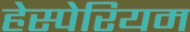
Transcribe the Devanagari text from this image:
हेस्पेरियम